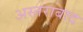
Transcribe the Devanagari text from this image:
अस्तराबाद